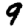
Digit: 9